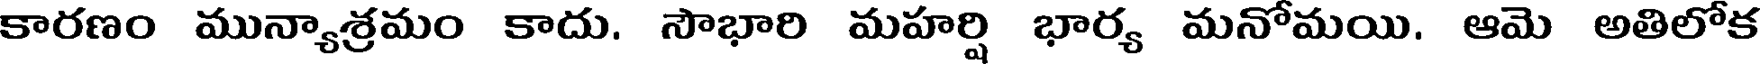
కారణం మున్యాశ్రమం కాదు. సౌభారి మహర్షి భార్య మనోమయి. ఆమె అతిలోక